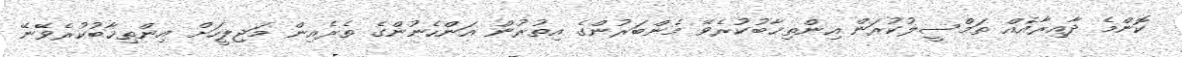
ކޮންމެ ދާއިރާއެއް ތަމްސީލުކުރަން އިންތިޚާބުކުރެވޭ މެންބަރުންގެ އިތުރުން އަންހެނުންގެ ތެރެއިން މަޖިލީހަށް އިންތިޚާބުކުރެވޭނޭ